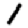
Digit: 1